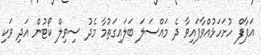
އަފާފް ހުށަހަޅުއްވާފައިވާ ދެ މައްސަލަ ބަލައިގަތުމާ މެދު ސިވިލް ކޯޓުން އަދި ވަކި